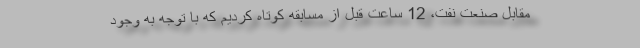
مقابل صنعت نفت، 12 ساعت قبل از مسابقه کوتاه کردیم که با توجه به وجود